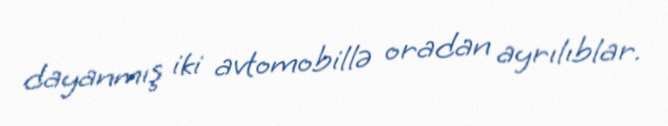
dayanmış iki avtomobillə oradan ayrılıblar.